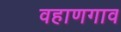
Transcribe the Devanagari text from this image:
वहाणगाव